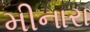
મીનારા